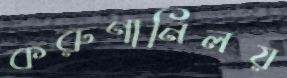
করুণানিলয়